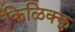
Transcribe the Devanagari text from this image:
किळिक्कु